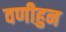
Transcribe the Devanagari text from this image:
वणीहुन